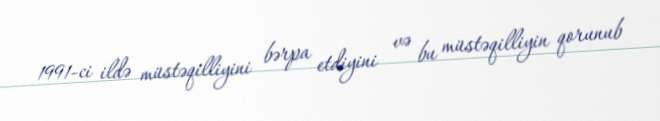
1991-ci ildə müstəqilliyini bərpa etdiyini və bu müstəqilliyin qorunub